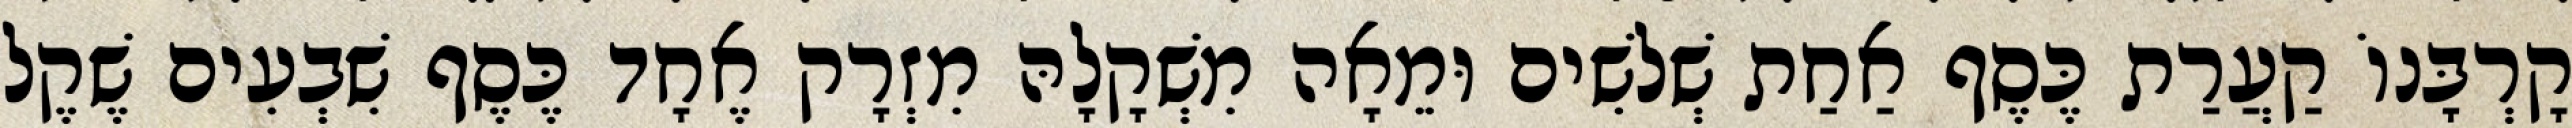
קָרְבָּנוֹ קַעֲרַת כֶּסֶף אַחַת שְׁלשִׁים וּמֵאָה מִשְׁקָלָהּ מִזְרָק אֶחָד כֶּסֶף שִׁבְעִים שֶׁקֶל